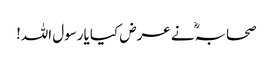
صحابہؓ نے عرض کیا یارسول اللہ!